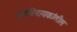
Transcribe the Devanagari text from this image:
अष्टविनायकांतील